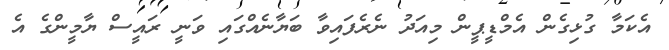
އެކަމާ ގުޅިގެން އެމްޑީޕީން މިއަދު ނެރެފައިވާ ބަޔާނެއްގައި ވަނީ ރައީސް ޔާމީންގެ އެ